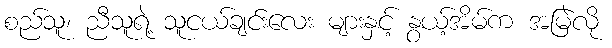
စည်သူ၊ ညီသူရဲ့ သူငယ်ချင်းလေး များနှင့် နွယ့်အိမ်က အမြဲလို